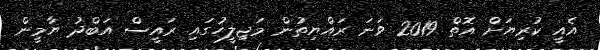
އެއީ ކުރިޔަށް އޮތް 2019 ވަނަ ރައްޔިތުން މަޖިލީހުގައި ރައީސް އަބްދު ޔާމީން